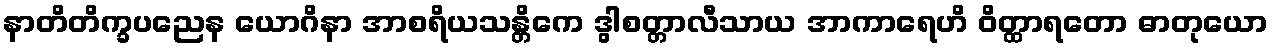
နာတိတိက္ခပညေန ယောဂိနာ အာစရိယသန္တိကေ ဒွါစတ္တာလီသာယ အာကာရေဟိ ဝိတ္ထာရတော ဓာတုယော